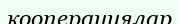
кооперациялар